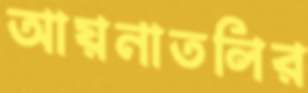
আয়নাতলির